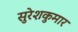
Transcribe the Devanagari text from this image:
सुरेशकुमार